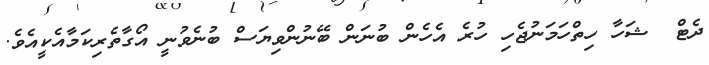
ދެޓް  ޝަހާ ހިތްހަމަނުޖެހި ހުރެ އެހެން ބުނަން ބޭނުންވިޔަސް ބުނެވުނީ އޯގާތެރިކަމާއެކީއެވެ.